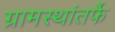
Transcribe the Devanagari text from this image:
ग्रामस्थांतर्फे